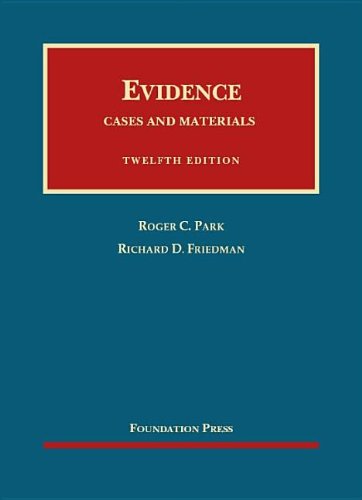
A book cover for Evidence, Cases and Materials (University Casebook Series); Roger Park; Law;